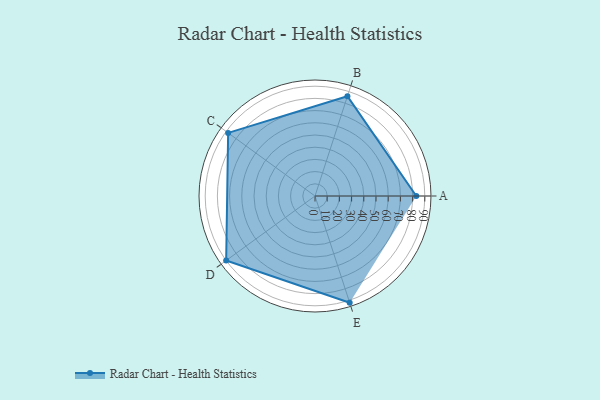
{"axis": {"x": "Skill", "y": "Score"}, "legend": ["Profile"], "data": [{"x": "A", "y": 83.0, "type": "Profile"}, {"x": "B", "y": 86.0, "type": "Profile"}, {"x": "C", "y": 88.0, "type": "Profile"}, {"x": "D", "y": 90.0, "type": "Profile"}, {"x": "E", "y": 92.0, "type": "Profile"}]}